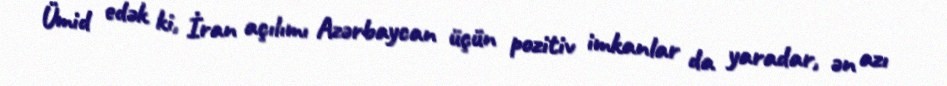
Ümid edək ki, İran açılımı Azərbaycan üçün pozitiv imkanlar da yaradar, ən azı